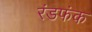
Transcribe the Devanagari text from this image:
रंडफंक